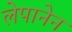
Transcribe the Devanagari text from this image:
लेपानेन